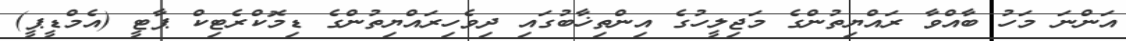
އަންނަ މަހު ބާއްވާ ރައްޔިތުންގެ މަޖިލީހުގެ އިންތިޚާބުގައި ދިވެހިރައްޔިތުންގެ ޑިމޮކްރެޓިކް ޕާޓީ (އެމްޑީޕީ)